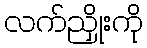
လက်ညှိုးကို